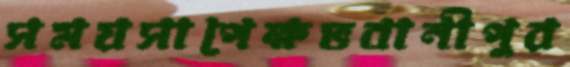
সময়সাপেক্ষভবানীপুর